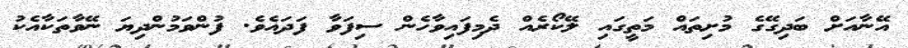
އޭނާއަށް ބަދިގޭގެ މުށިތައް މަތީގައި ލޭކޯރެއް ދެމިފައިވާހެން ސިފަވާ ފަދައެވެ. ފުންވަމުންދިޔަ ނޭވާތަކާއެކު